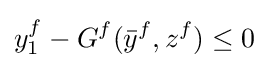
y_{1}^{f}-G^{f}({\bar {y}}^{f},z^{f})\leq 0